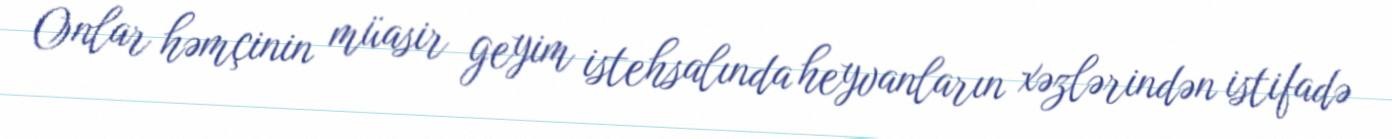
Onlar həmçinin müasir geyim istehsalında heyvanların xəzlərindən istifadə